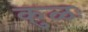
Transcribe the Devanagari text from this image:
कुळः